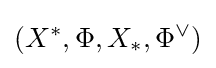
(X^{\ast },\Phi ,X_{\ast },\Phi ^{\vee })